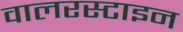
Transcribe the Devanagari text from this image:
वालरस्टाइन